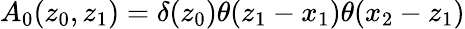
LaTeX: A_{0}(z_{0},z_{1})=\delta(z_{0})\theta(z_{1}-x_{1})\theta(x_{2}-z_{1})